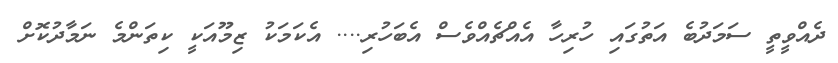
ދެއްވީތީ ސަމަދުބެ އަތުގައި ހުރިހާ އެއްޗެއްވެސް އެބަހުރި.... އެކަމަކު ޒިމޫއަކީ ކިތަންމެ ނަމާދުކޮށް